Annual vaccination report of Bihar and Orissa - 1911-1928
Year: 1911
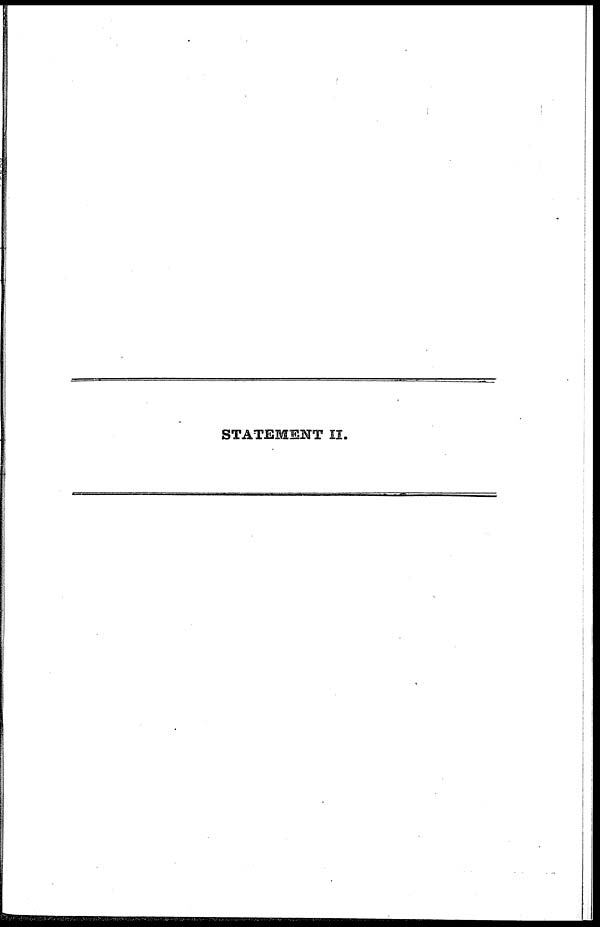
STATEMENT II.